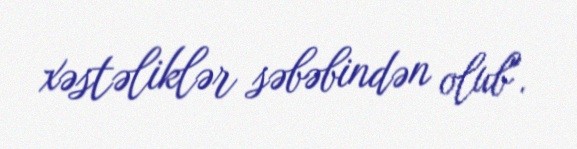
xəstəliklər səbəbindən olub".